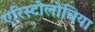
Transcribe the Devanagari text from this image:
एरिस्टोलोचिया